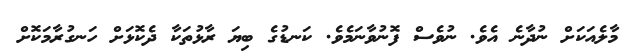
މާލެއަކަށް ނުދާނެ އެވެ. ނުވެސް ފޮނުވާނަމެވެ. ކަނޑުގެ ބިޔަ ރާޅުތަކާ ދެކޮޅަށް ހަނގުރާމަކޮށް